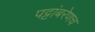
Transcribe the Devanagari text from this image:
पट्टांबरेणच